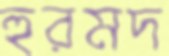
হুরমদ